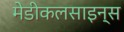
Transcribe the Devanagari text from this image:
मेडीकलसाइन्स